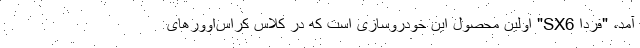
آمد، "فردا SX6" اولین محصول این خودروسازی است که در کلاس کراس‌اوورهای